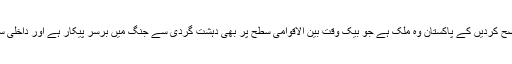
وزیر اعظم صاحب آپ اس اجلاس سے خطاب میں یہ بھی واضح کردیں کے پاکستان وہ ملک ہے جو بیک وقت بین الاقوامی سطح پر بھی دہشت گردی سے جنگ میں برسر پیکار ہے اور داخلی سطح پر بھی دہشت گردوں سے آہنی ہاتھوں سے نمٹ رہا ہے ۔